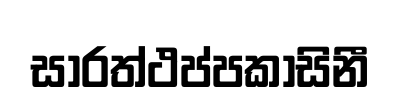
සාරත්ථප්පකාසිනී